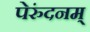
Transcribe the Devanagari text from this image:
पेरुंदनम्